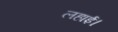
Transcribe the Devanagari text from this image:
लहाई।